Scottish Leaving Certificate Examination, 1958
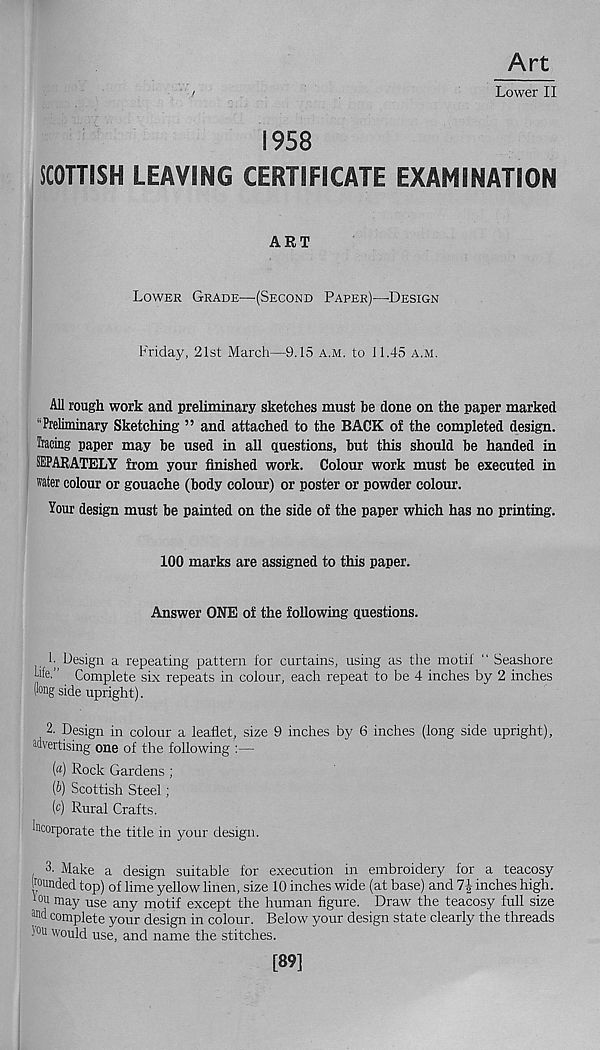
Art
'
Lower II
1958
SCOTTISH LEAVING CERTIFICATE EXAMINATION
ART
Lower Grade—{Second Paper)—’Design
Friday, 21st March—9.15 A.M. to 11.45 A.M.
All rough work and preliminary sketches must be done on the paper marked
"Preliminary Sketching ” and attached to the BACK of the completed design.
Tracing paper may be used in all questions, but this should be handed in
SEPARATELY from your finished work. Colour work must be executed in
water colour or gouache (body colour) or poster or powder colour.
Your design must be painted on the side of the paper which has no printing.
100 marks are assigned to this paper.
Answer ONE of the following questions.
1- Design a repeating pattern lor curtains, using as the motif “ Seashore
hfo” Complete six repeats in colour, each repeat to be 4 inches by 2 inches
( lon g side upright).
2- Design in colour a leaflet, size 9 inches by 6 inches (long side upright),
a dvertising one of the following :—
(a) Rock Gardens ;
(b) Scottish Steel;
(c) Rural Crafts.
Incorporate the title in your design.
3. Make a design suitable for execution in embroidery for a teacosy
Pmided top) of lime yellow linen, size 10 inches wide (at base) and 7| inches high.
tou may use any motif except the human figure. Draw the teacosy full size
an d complete your design in colour. Below your design state clearly the threads
i°u would use, and name the stitches.
[89]